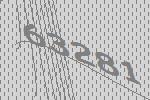
63281